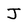
Character: J